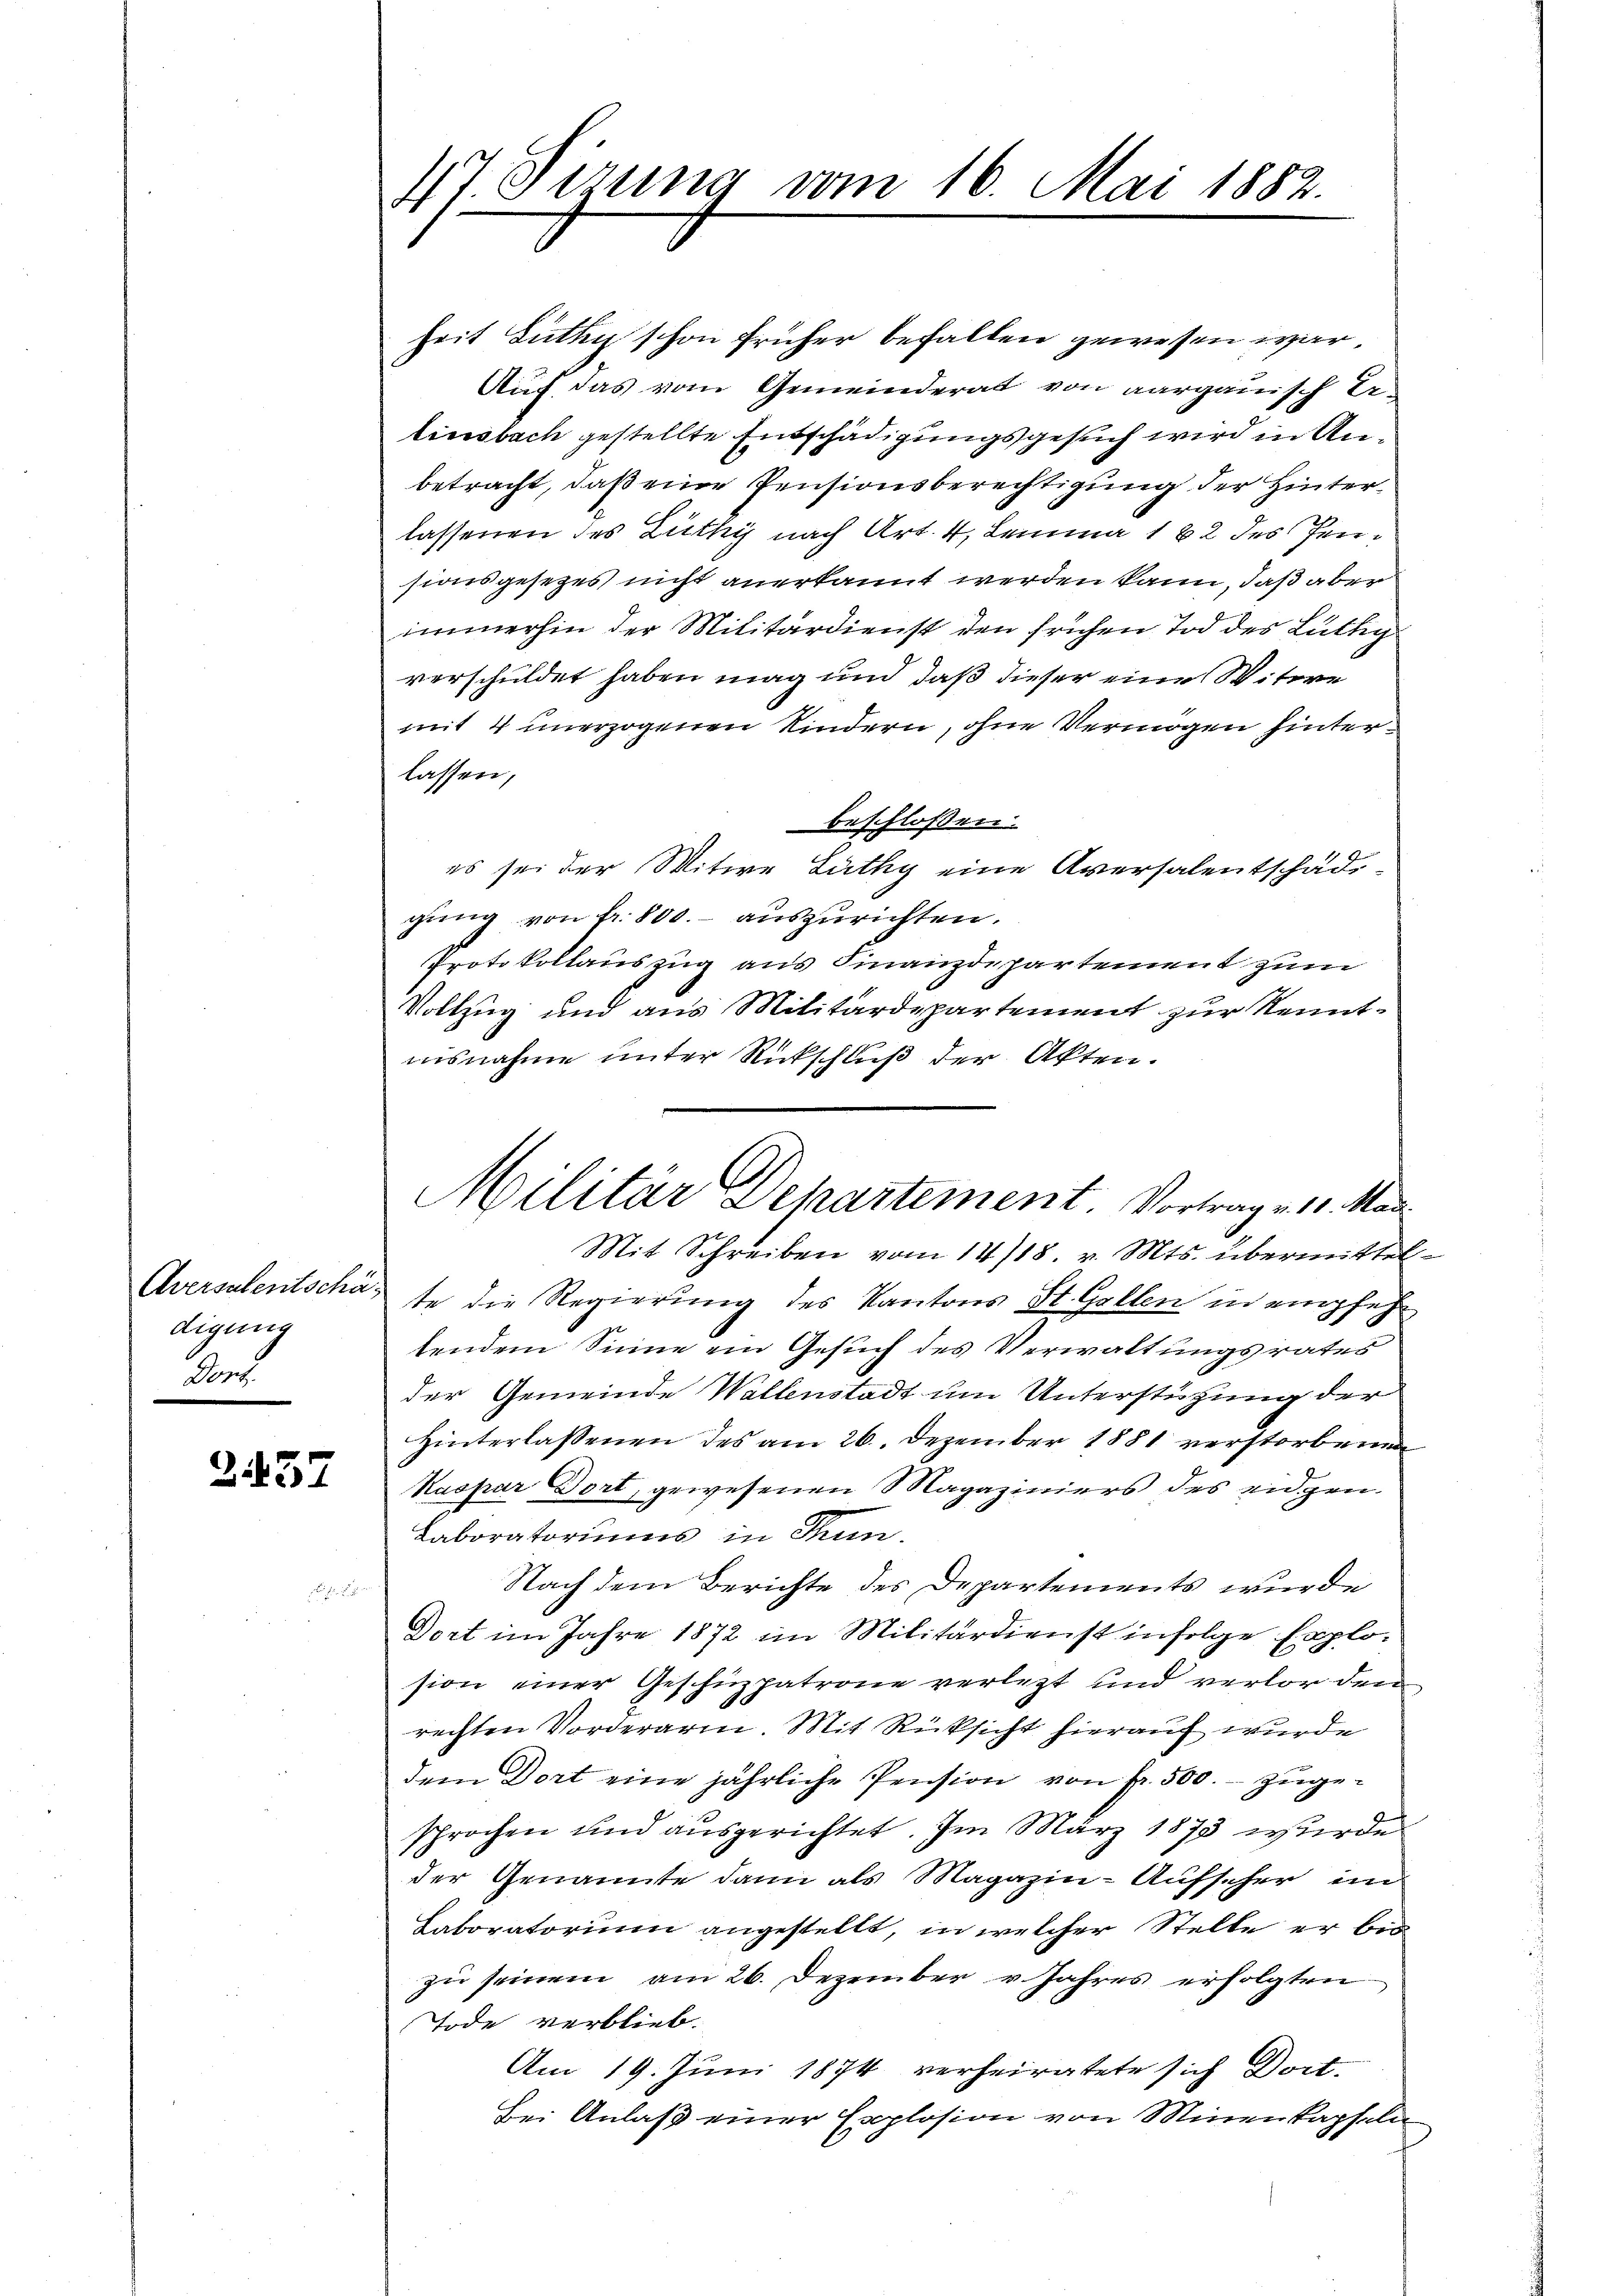
digung
Dans

2.137

47. Sirung vom 16. Mai 1882.

heit Butter schon früher befallen gewesen war,
Auf das vom Gemeinderat von aargauisch Ertiesbach gestellte Entschädigungsgesuch wird in Anbetracht, daß eine Pensionsberechtigung der Hinterlassenen des Lüthy nach Art. 4, Lemma 182 des Pensionsgesetzes nicht anerkannt werden kann, daß aber
immerhin der Militärdienst den frühen Tod des Lüthig
verschuldet haben mag und daß dieser eine Witwe
mit 4 unerzogenen Kindern, ohne Vermögen hinterlassen,
beschlossen:
es sei der Mitwe Lüthy eine Aversalentschädgung von fr. 800.- auszurichten.
Protokollauszug aus Finanzdepartement zum
Vollzug und aus Militärdepartement zur Kenntmisnahme unter Rückschluß der Akten.
Mit Schreiben vom 14/18. v. Mts. übermittel
Aversalentschafte die Regierung des Kantons St. Gallen in empfehtendem Sinne ein Gesuch des Verwaltungsrates
der Gemeinde Wallenstadt um Unterstützung der
Hinterlassenen des am 26. Dezember 1881 verstorbenen
Kaspar Dort, gewesenen Magaziniers des eidgen.
Laboratoriums in Thun.
Nach dem Berichte des Departements wurde
Dort im Jahre 1872 im Militärdienst infolge Explosion einer Geschüzpatrone verletzt und verlor den
rechten Vorderarm. Mit Rücksicht hierauf wurde
dem Dort eine jährliche Pension von fr. 500. zugesprochen und ausgerichtet. Im März 1873 wurde
der Genannte dann als Magazin-Aufscher im
Laboratorium angestellt, in welcher Stelle er bis
zu seinem am 26. Dezember v. Jahres erfolgten
Tode verblieb.
Am 19. Juni 1874 verheiratete sich Doct.
Bei Anlaß einer Explosion von Minenkapfeln

Militär Departement. Vortrage 10. Mad.

i